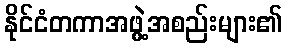
နိုင်ငံတကာအဖွဲ့အစည်းများ၏